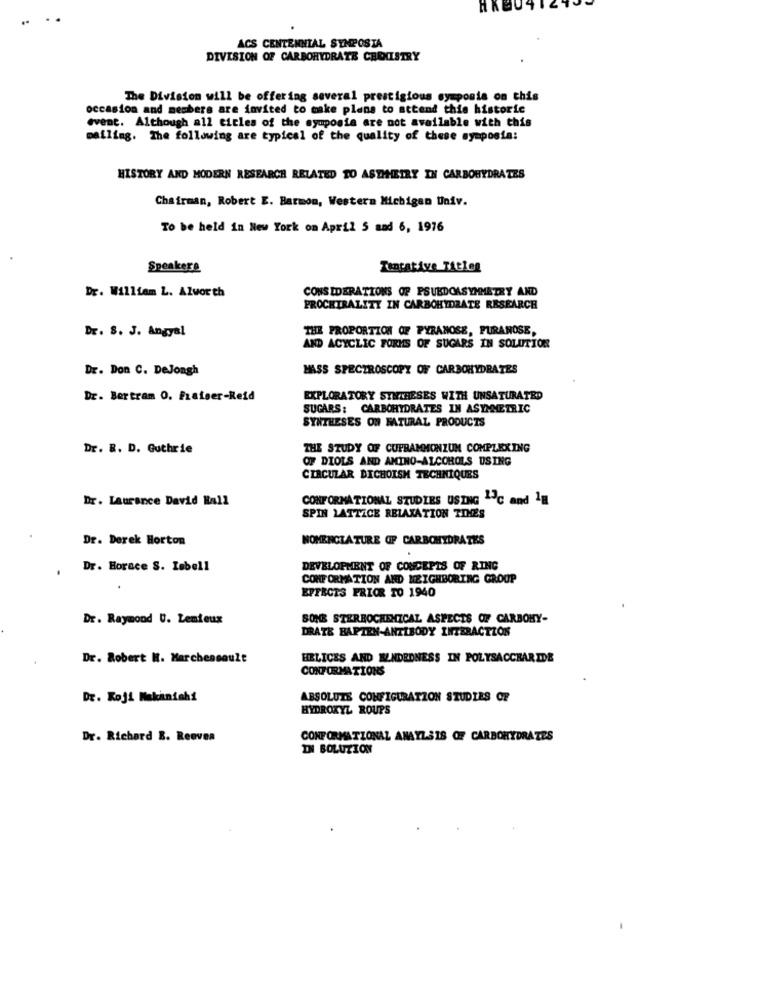
..
ACS CENTENNIAL SYMPOSIA
DIVISION OF CARBOHYDRATE CHEMISTRY
The Division will be offering several prestigious symposia on this
occasion and members are invited to make plans to attend this historic
event. Although all ticles of the symposia are not available with this
mailing. The following are typical of the quality of these symposia:
HISTORY AND MODERN RESEARCH RELATED TO ASTHEIRY IN CARBOHYDRATES
Chairman, Robert E. Barmon, Western Michigan Univ.
To be held in New York on April 5 sad 6, 1976
Speakers
Tentative Titles
Dr. William L. Alworth
CONSIDERATIONS OF PSUEDOASYMMETRY AND
PROCHIRALITY IN CARBOHYDRATE RESEARCH
Dr. S. J. Angyal
THE PROPORTION OF PYRANOSE, PURANOSE,
AND ACYCLIC FORMS OF SUGARS IN SOLUTION
Dr. Don C. DeJongh
MASS SPECTROSCOPY OF CARBOHYDRATES
Dr. Bertram O. Fraiser-Reid
EXPLORATORY SYNTHESES WITH UNSATURATED
SUGARS; CARBOHYDRATES IN ASYMMETRIC
SYNTHESES ON FATURAL PRODUCTS
Dr. R. D. Guthrie
THE STUDY OF CUPBAMMONZUM COMPLEXING
OF DIOLS AND AMINO-ALCOROLS USING
CIRCULAR DICHOISH TECHNIQUES
Dr. Laurance David Hall
CONFORMATIONAL STUDIES USING "C and Ig
SPIN LATTICE RELAXATION TIMES
Dr. Derek Horton
NOMENCLA TURE OF CARBOHYDRATES
Dr. Horace S. Isbell
DEVELOPMENT OF CONCEPTS OF RING
CONFORMATION AND NEIGHBORING GROUP
EFFECTS PRIOR TO 1940
Dr. Raymond U. Lemieux
SONE STERBOCHEMICAL ASPECTS OF CARBOHY-
DRATE BAFTEN-ANTIBODY INTERACTION
Dr. Robert M. Marchessault
HELICES AND ELADEDNESS IN POLYSACCHARIDE
CONFORMATIONS
Dr. Koji Mekaniahi
ABSOLUTS CONFIGURATION STUDIES OF
HYDROXYL ROUPS
Dr. Richard B. Reeves
CONFORMATIONAL ANAYLSIS OF CARBOHYDRATES
IN SOLUZION